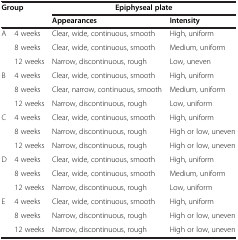
<table><thead><tr><td rowspan="2" colspan="2"><b>Group</b></td><td colspan="2"><b>Epiphyseal plate</b></td></tr><tr><td><b>Appearances</b></td><td><b>Intensity</b></td></tr></thead><tbody><tr><td rowspan="3">A</td><td>4 weeks</td><td>Clear, wide, continuous, smooth</td><td>High, uniform</td></tr><tr><td>8 weeks</td><td>Clear, wide, continuous, smooth</td><td>Medium, uniform</td></tr><tr><td>12 weeks</td><td>Narrow, discontinuous, rough</td><td>Low, uneven</td></tr><tr><td rowspan="3">B</td><td>4 weeks</td><td>Clear, wide, continuous, smooth</td><td>High, uniform</td></tr><tr><td>8 weeks</td><td>Clear, narrow, continuous, smooth</td><td>Medium, uniform</td></tr><tr><td>12 weeks</td><td>Narrow, discontinuous, rough</td><td>Low, uniform</td></tr><tr><td rowspan="3">C</td><td>4 weeks</td><td>Clear, wide, continuous, smooth</td><td>High, uniform</td></tr><tr><td>8 weeks</td><td>Narrow, discontinuous, rough</td><td>High or low, uneven</td></tr><tr><td>12 weeks</td><td>Narrow, discontinuous, rough</td><td>High or low, uneven</td></tr><tr><td rowspan="3">D</td><td>4 weeks</td><td>Clear, wide, continuous, smooth</td><td>High, uniform</td></tr><tr><td>8 weeks</td><td>Clear, wide, continuous, smooth</td><td>Medium, uniform</td></tr><tr><td>12 weeks</td><td>Narrow, discontinuous, rough</td><td>Low, uniform</td></tr><tr><td rowspan="3">E</td><td>4 weeks</td><td>Clear, wide, continuous, smooth</td><td>High, uniform</td></tr><tr><td>8 weeks</td><td>Narrow, discontinuous, rough</td><td>High or low, uneven</td></tr><tr><td>12 weeks</td><td>Narrow, discontinuous, rough</td><td>High or low, uneven</td></tr></tbody></table>